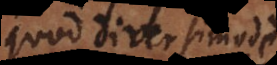
quod diversimode